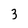
Character: 3